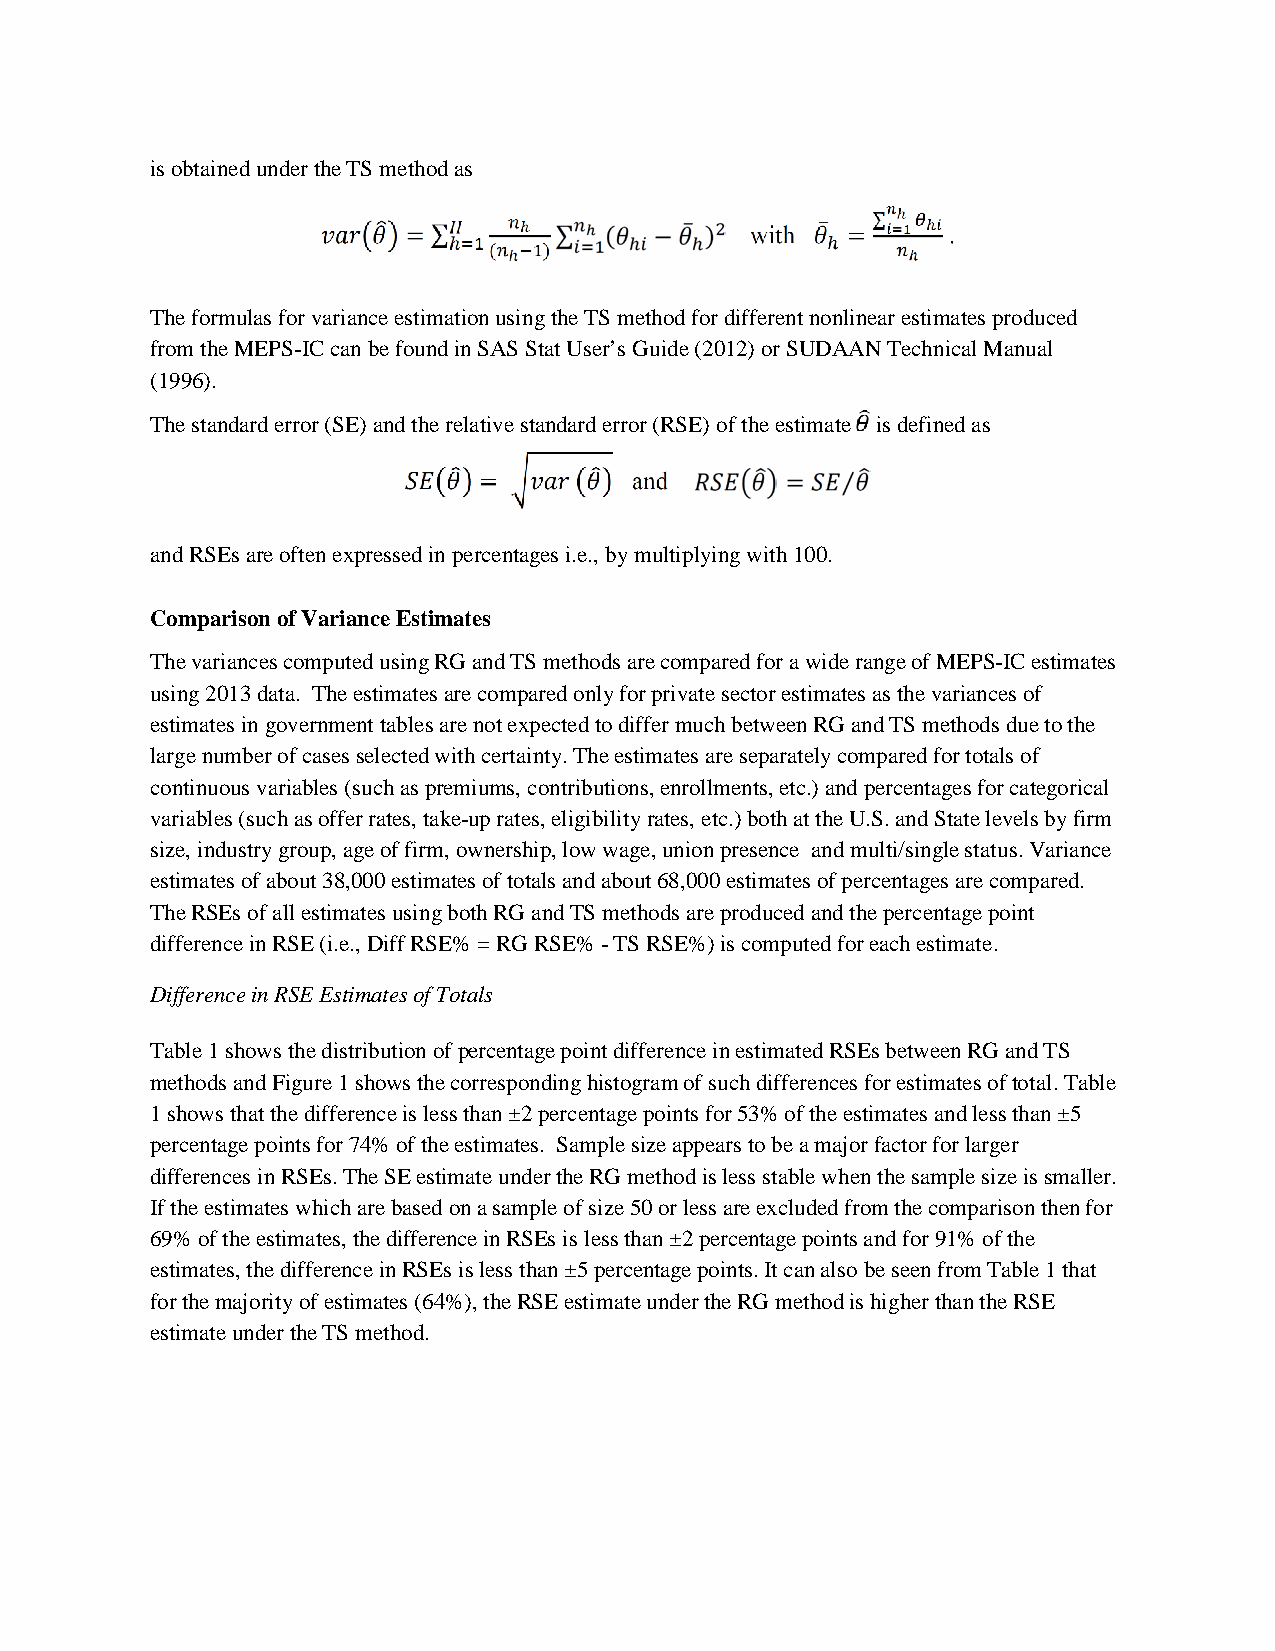
is obtained under the TS method as
 The formulas for variance estimation using the TS method for different nonlinear estimates produced
 from the MEPS-IC can be found in SAS Stat User’s Guide (2012) or SUDAAN Technical Manual
 (1996).
 The standard error (SE) and the relative standard error (RSE) of the estimate is defined as
 and RSEs are often expressed in percentages i.e., by multiplying with 100.
 Comparison of Variance Estimates
 The variances computed using RG and TS methods are compared for a wide range of MEPS-IC estimates
 using 2013 data. The estimates are compared only for private sector estimates as the variances of
 estimates in government tables are not expected to differ much between RG and TS methods due to the
 large number of cases selected with certainty. The estimates are separately compared for totals of
 continuous variables (such as premiums, contributions, enrollments, etc.) and percentages for categorical
 variables (such as offer rates, take-up rates, eligibility rates, etc.) both at the U.S. and State levels by firm
 size, industry group, age of firm, ownership, low wage, union presence and multi/single status. Variance
 estimates of about 38,000 estimates of totals and about 68,000 estimates of percentages are compared.
 The RSEs of all estimates using both RG and TS methods are produced and the percentage point
 difference in RSE (i.e., Diff RSE% = RG RSE% - TS RSE%) is computed for each estimate.
 Difference in RSE Estimates of Totals
 Table 1 shows the distribution of percentage point difference in estimated RSEs between RG and TS
 methods and Figure 1 shows the corresponding histogram of such differences for estimates of total. Table
 1 shows that the difference is less than ±2 percentage points for 53% of the estimates and less than ±5
 percentage points for 74% of the estimates. Sample size appears to be a major factor for larger
 differences in RSEs. The SE estimate under the RG method is less stable when the sample size is smaller.
 If the estimates which are based on a sample of size 50 or less are excluded from the comparison then for
 69% of the estimates, the difference in RSEs is less than ±2 percentage points and for 91% of the
 estimates, the difference in RSEs is less than ±5 percentage points. It can also be seen from Table 1 that
 for the majority of estimates (64%), the RSE estimate under the RG method is higher than the RSE
 estimate under the TS method.